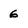
Character: 6